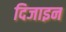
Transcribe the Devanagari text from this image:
दिजाइन